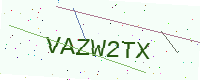
Text: VAZW2TX